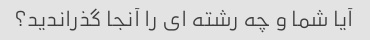
آیا شما و چه رشته ای را آنجا گذراندید؟